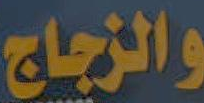
والزجاج